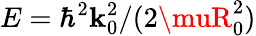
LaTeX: E=\hbar^{2}\mathbf{k}_{0}^{2}/(2\muR_{0}^{2})